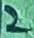
Text: 2